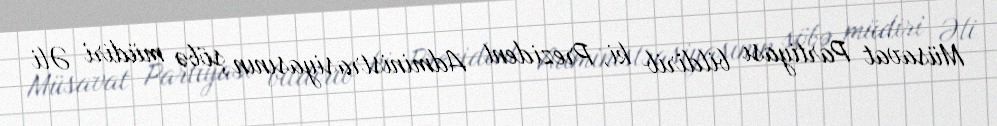
Müsavat Partiyası bildirib ki, Prezident Administrasiyasının şöbə müdiri Əli